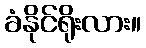
ခံနိုင်ရိုးလား။